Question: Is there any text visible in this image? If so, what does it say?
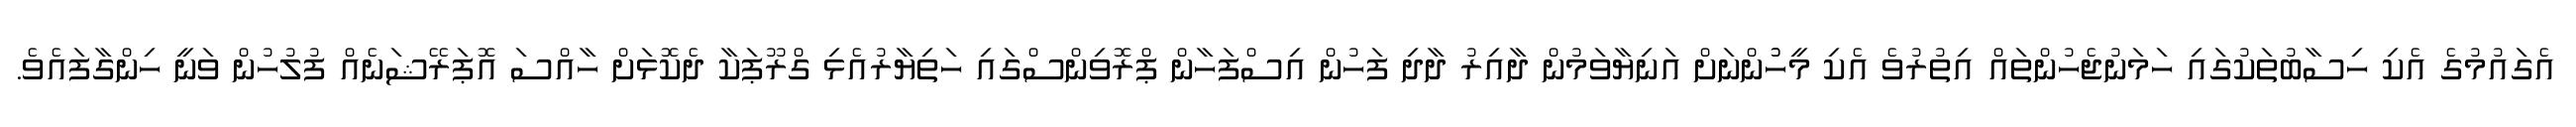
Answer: އެގައުމުގެ އެކި ހިސާބުތަކުގައި ހަމަނުޖެހުންތައް އިތުރުވެ އެކި މީހުުންނަށް އަނިޔާވަމުން ދާއިރު ދާދި ފަހުން އިސްފަހާން ޕްރޮވިންސްގައި ހަތިޔާރުއެޅި ގްރޫޕަކާ ދެކޮޅަށް ހާއްސަ އޮޕަރޭޝަނެއް ފުލުހުން ވަނީ ހިންގާފައެވެ.